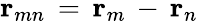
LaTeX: {\mathbf r}_{mn}\, =\, {\mathbf r}_{m}\, -\, {\mathbf r}_{n}